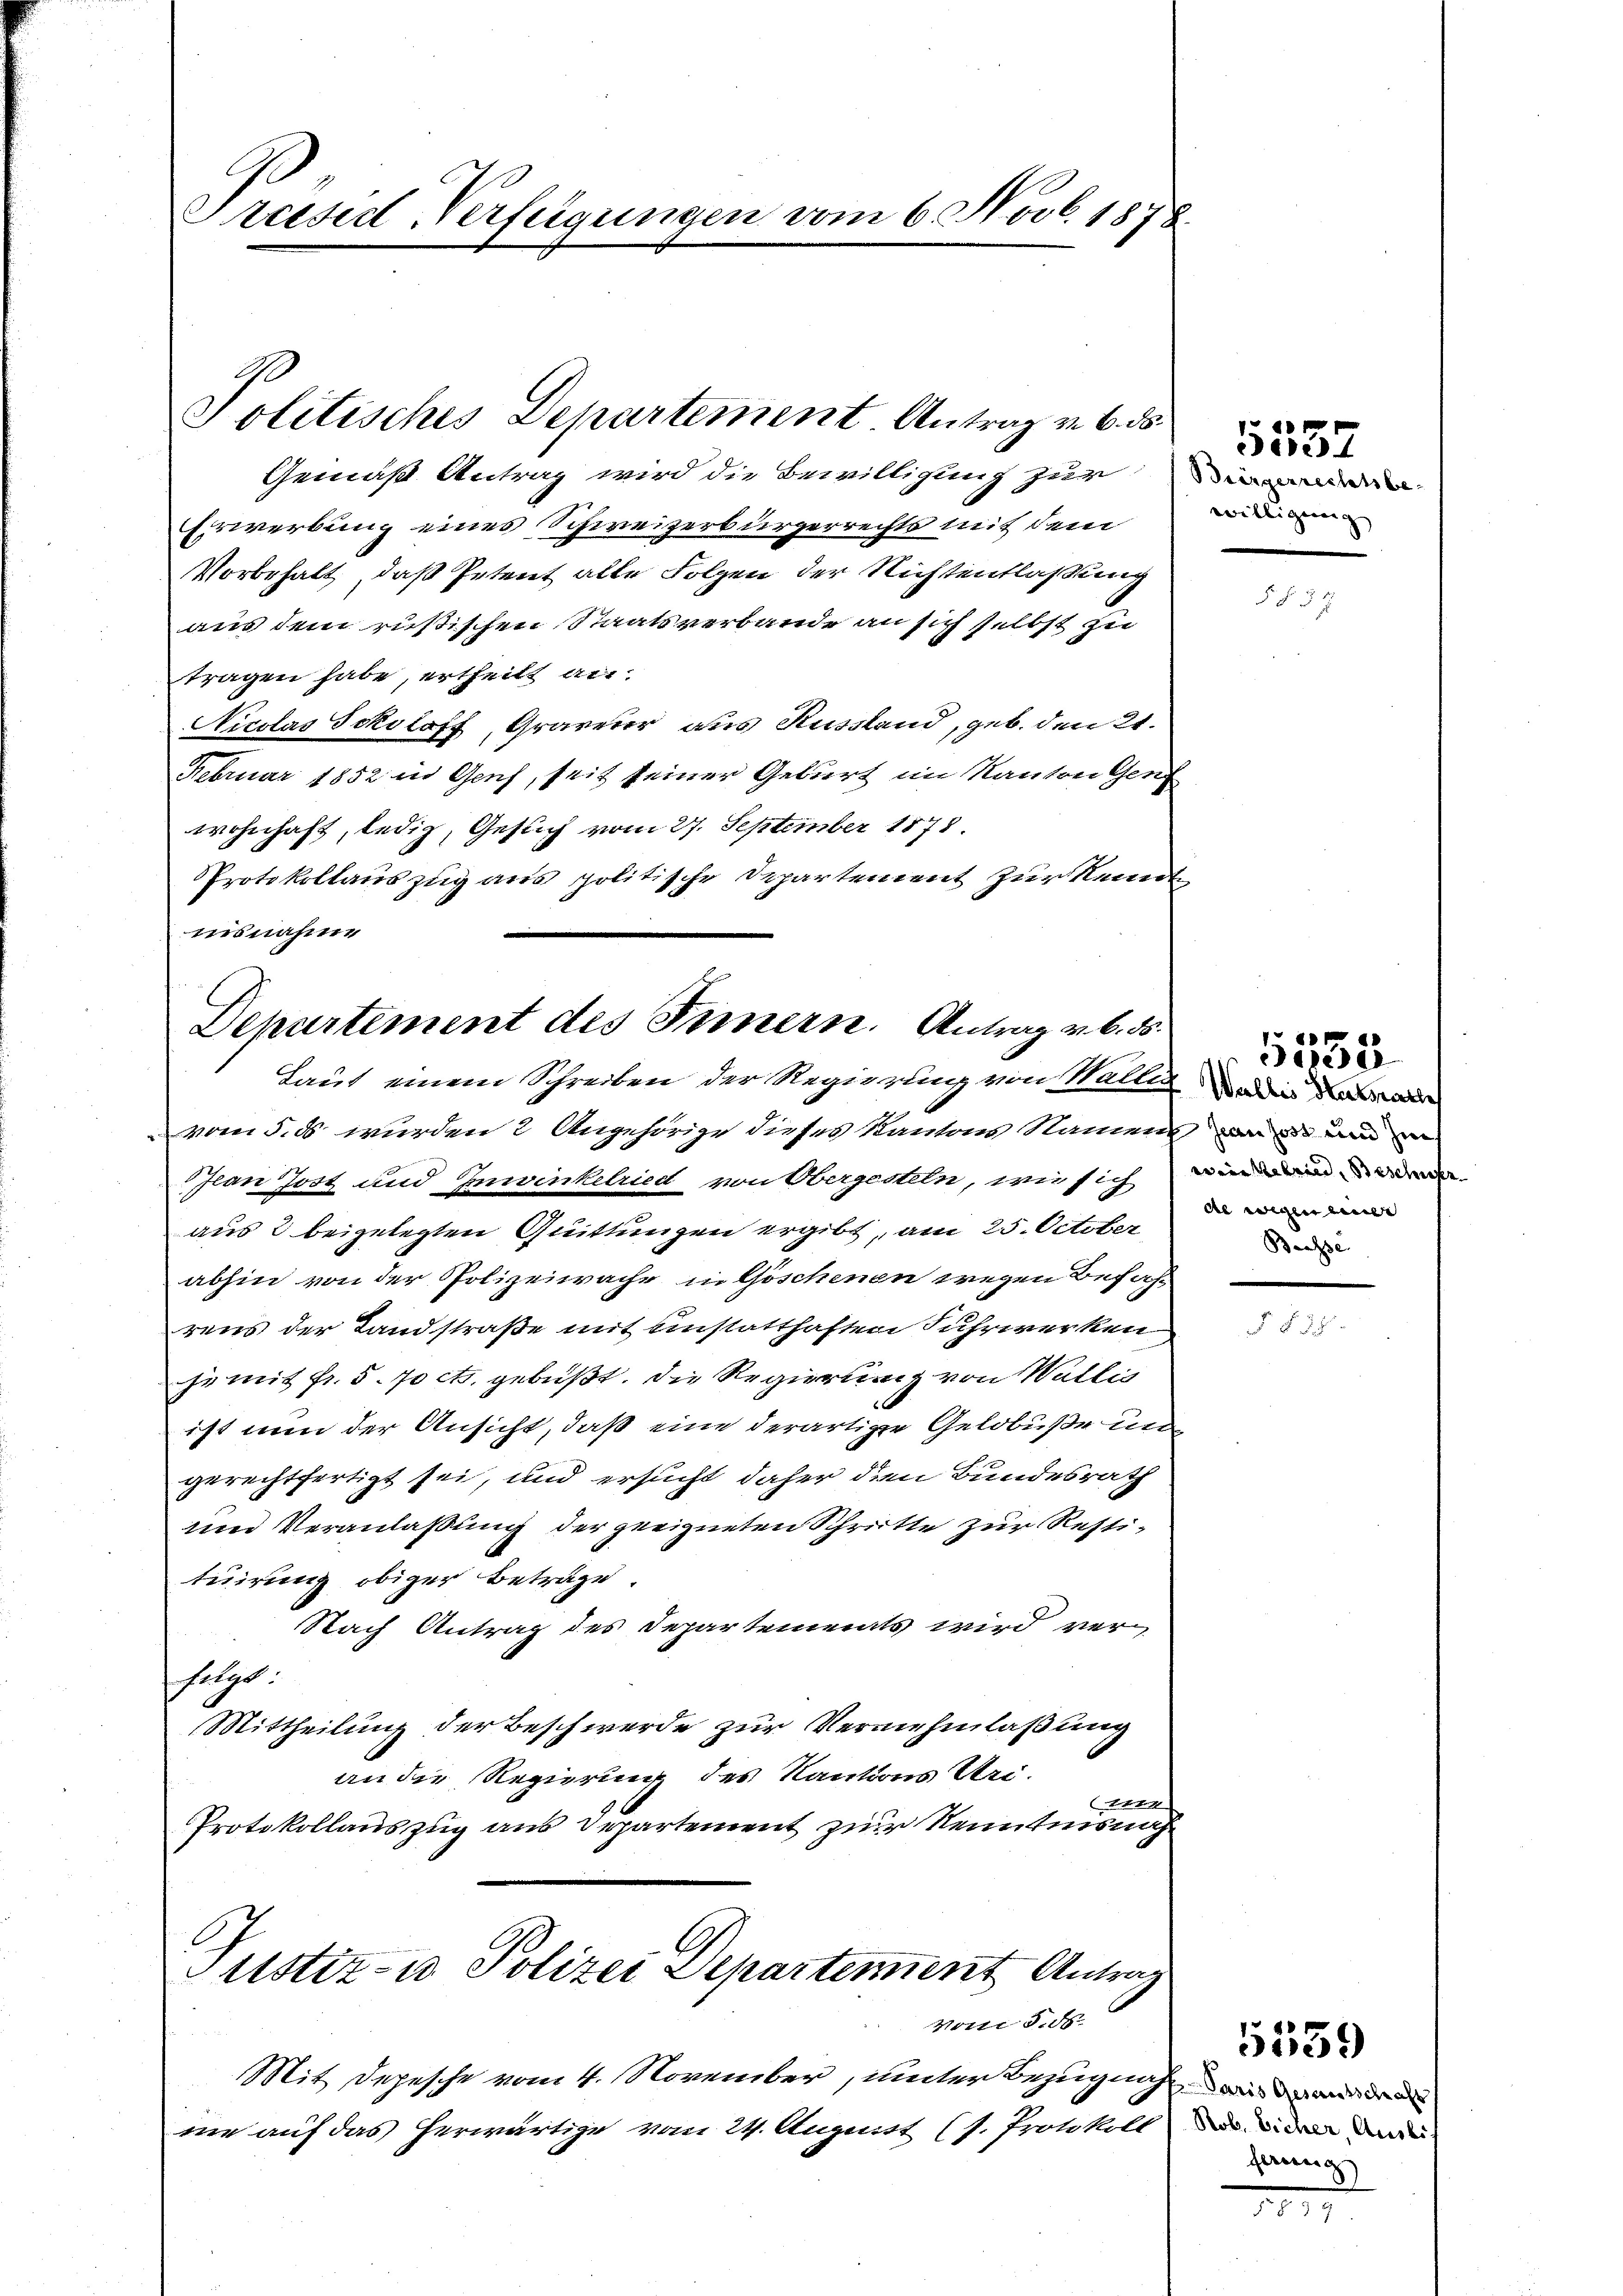
Präsid-Verfügungen vom 6 Novb. 1878.

Gemäß Antrag wird die Bewilligung zur
Erwerbung eines Schweizerbürgerrechts mit dem
Vorbehalt, daß Petent alle Folgen der Nichtentlaßung
aus dem rusischen Staatsverbande an sich selbst zu
tragen habe, ertheilt an
Nicolas Scholoff, Graveur aus Russland, geb. den 21.
Februar 1852 in Genf, seit seiner Geburt im Kanton Genf
wohnhaft, ledig, Geslich vom 27. September 1878.
Protokollauszug aus politische Departement zur Kennt
isnahme

Politisches Departement Antrag v. 6. ds.

Departement des Innern. Antrag v. 6. ds.
Laut einem Schreiben der Regierung von Wallis in da

vom 5. ds. wurden 2 Angehörige dieses Kantons Namen was und
Jean Jost und Inwinkelried von Obergestein, wie sich in darin de
aus 2 beigelegten Quittungen ergibt, am 25. October
abhin von der Polizeiwache in Göschenen wegen Befah
rens der Landstraße mit einstatthaften Fuhrwerken
e mit fr. 5. 70 cts. gebüßt. Die Regierung von Wallis
ist nun der Ansicht, daß eine derartigen Gelobuße un
gerechtfertigt sei, und ersucht daher den Bundesrath
und Veranlaßung der geeigneten Schritte zur Restituirung obiger Beträge.
Nach Antrag des Departemenats wird ver-
folgt.
Mittheilung der Beschwerde zur Vermehmlaßung
an die Regierung des Kautions Uri-
 Nr. 18
Protokollauszug aus Departement zur Kenntnisnah¬
Justiz- u Polizei Departement Antrag
Von 8. ds.
Mit Depesche vom 4. November, unter Bezugung wird d
me auf das herwärtige vom 24. August (s. Protokoll der den de

27
willigung

de wegen eine
Baasse

f

535

ferung

5559